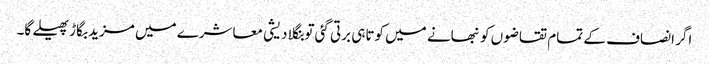
اگر انصاف کے تمام تقاضوں کو نبھانے میں کوتاہی برتی گئی تو بنگلا دیشی معاشرے میں مزید بگاڑ پھیلے گا۔